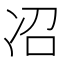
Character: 𫥈